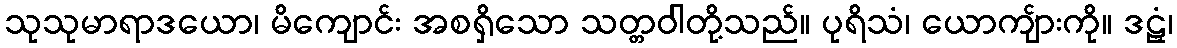
သုသုမာရာဒယော၊ မိကျောင်း အစရှိသော သတ္တဝါတို့သည်။ ပုရိသံ၊ ယောကျ်ားကို။ ဒဠှံ၊